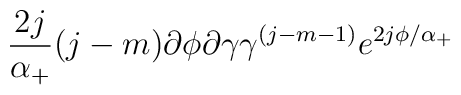
\frac {2j}{\alpha_+}(j-m)\partial \phi \partial \gamma \gamma^{(j-m-1)}e^{2j\phi/\alpha_+}